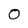
Character: O